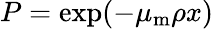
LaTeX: P=\exp({-\mu_{\mathrm{m}}\rho x})